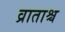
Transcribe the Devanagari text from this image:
व्राताश्च